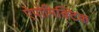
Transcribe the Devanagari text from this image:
ऐपोमिक्टिक